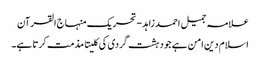
علامہ جمیل احمد زاہد - تحریک منہاج القرآن
اسلام دین امن ہے جو دہشت گردی کی کلیتا مذمت کرتا ہے۔